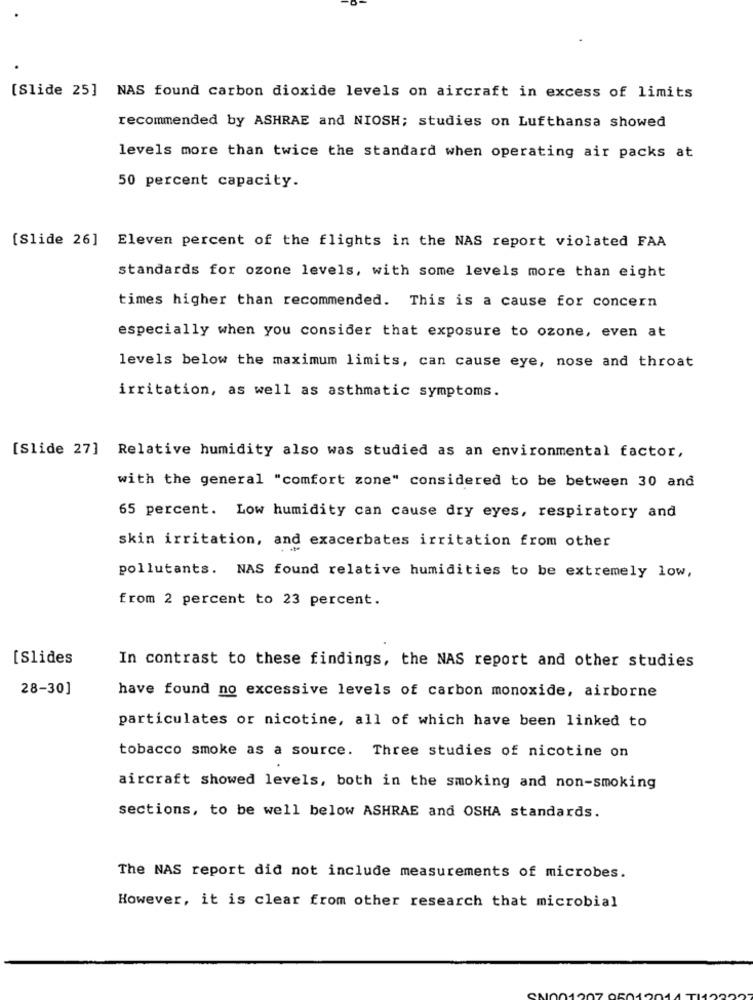
[Slide 25] NAS found carbon dioxide levels on aircraft in excess of limits
recommended by ASHRAE and NIOSH; studies on Lufthansa showed
levels more than twice the standard when operating air packs at
50 percent capacity.
[Slide 26] Eleven percent of the flights in the NAS report violated FAA
standards for ozone levels, with some levels more than eight
times higher than recommended. This is a cause for concern
especially when you consider that exposure to ozone, even at
levels below the maximum limits, can cause eye, nose and throat
irritation, as well as asthmatic symptoms.
[Slide 27] Relative humidity also was studied as an environmental factor,
with the general "comfort zone" considered to be between 30 and
65 percent. Low humidity can cause dry eyes, respiratory and
skin irritation, and exacerbates irritation from other
pollutants. NAS found relative humidities to be extremely low,
from 2 percent to 23 percent.
[Slides
In contrast to these findings, the NAS report and other studies
28-30]
have found no excessive levels of carbon monoxide, airborne
particulates or nicotine, all of which have been linked to
tobacco smoke as a source. Three studies of nicotine on
aircraft showed levels, both in the smoking and non-smoking
sections, to be well below ASHRAE and OSHA standards.
The NAS report did not include measurements of microbes.
However, it is clear from other research that microbial